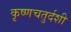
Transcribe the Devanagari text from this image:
कृष्णचतुर्दशी